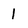
Character: 1